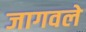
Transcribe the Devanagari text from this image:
जागवले